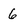
Character: 6